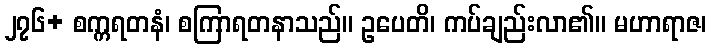
၂၇၆+ စက္ကရတနံ၊ စကြာရတနာသည်။ ဥပေတိ၊ ကပ်ချည်းလာ၏။ မဟာရာဇ၊